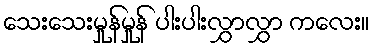
သေးသေးမှုန်မှုန် ပါးပါးလွှာလွှာ ကလေး။